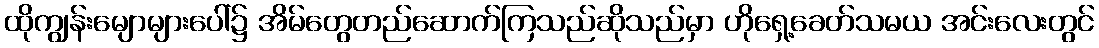
ထိုကျွန်းမျောများပေါ်၌ အိမ်တွေတည်ဆောက်ကြသည်ဆိုသည်မှာ ဟိုရှေ့ခေတ်သမယ အင်းလေးတွင်